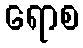
ရောစ